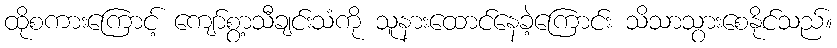
ထိုစကားကြောင့် ကျော်စွာ့သီချင်းသံကို သူနားထောင်နေခဲ့ကြောင်း သိသာသွားစေနိုင်သည်။